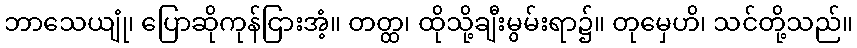
ဘာသေယျုံ၊ ပြောဆိုကုန်ငြားအံ့။ တတ္ထ၊ ထိုသို့ချီးမွမ်းရာ၌။ တုမှေဟိ၊ သင်တို့သည်။